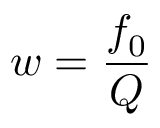
w = \frac { f _ { 0 } } { Q }